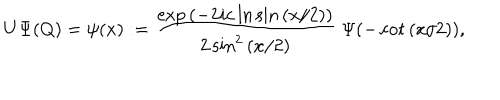
U \Psi ( Q ) = \psi ( x ) : = \frac { \exp { ( - 2 i c \ln \sin { ( x / 2 ) } ) } } { 2 \sin ^ { 2 } { ( x / 2 ) } } \; \Psi ( - \cot { ( x / 2 ) } ) ,